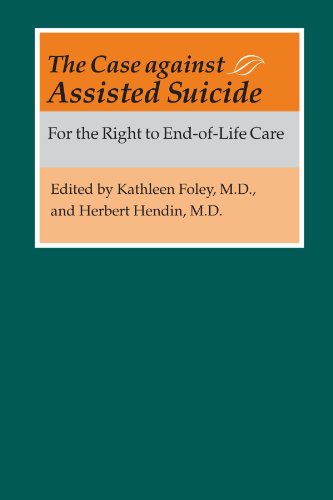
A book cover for The Case against Assisted Suicide: For the Right to End-of-Life Care; Medical Books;